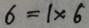
6 = 1 \times 6